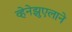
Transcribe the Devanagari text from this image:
व्हेनेझुएलाने